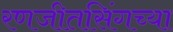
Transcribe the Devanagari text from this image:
रणजीतसिंगच्या